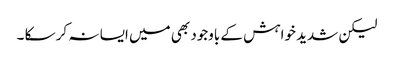
لیکن شدید خواہش کے باوجود بھی میں ایسا نہ کر سکا ۔